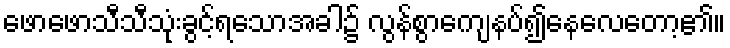
ဖောဖောသီသီသုံးခွင့်ရသောအခါ၌ လွန်စွာကျေနပ်၍နေလေတော့၏။